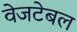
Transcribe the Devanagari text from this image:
वेजटेबल